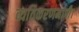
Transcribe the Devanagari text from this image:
व्यतिकरणमापी।